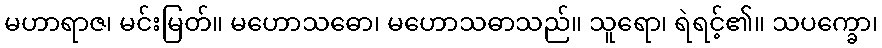
မဟာရာဇ၊ မင်းမြတ်။ မဟောသဓော၊ မဟောသဓာသည်။ သူရော၊ ရဲရင့်၏။ သပက္ခော၊